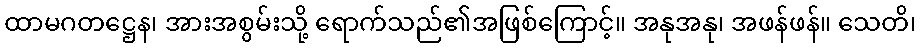
ထာမဂတဋ္ဌေန၊ အားအစွမ်းသို့ ရောက်သည်၏အဖြစ်ကြောင့်။ အနုအနု၊ အဖန်ဖန်။ သေတိ၊